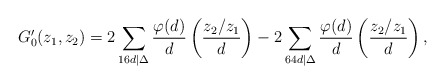
\begin{align*}G'_0(z_1, z_2) = 2\sum_{16d|\Delta}\frac{\varphi(d)}{d}\left(\frac{z_2/z_1}{d}\right) - 2\sum_{64d|\Delta}\frac{\varphi(d)}{d}\left(\frac{z_2/z_1}{d}\right),\end{align*}